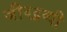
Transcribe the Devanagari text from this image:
जीवद्रव्यी